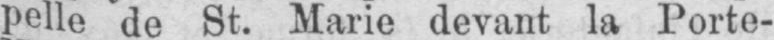
pelle de St. Marie devant la Porte-